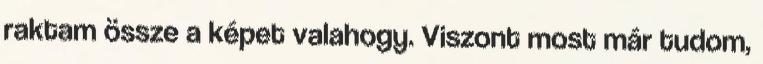
raktam össze a képet valahogy. Viszont most már tudom,